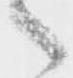
々